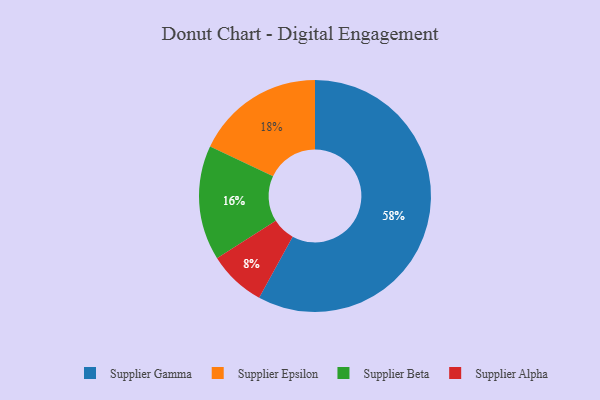
{"axis": {"x": "Category", "y": "Percentage"}, "legend": ["Supplier Alpha", "Supplier Beta", "Supplier Epsilon", "Supplier Gamma"], "data": [{"x": "Supplier Gamma", "y": 58, "type": "Supplier Gamma"}, {"x": "Supplier Alpha", "y": 8, "type": "Supplier Alpha"}, {"x": "Supplier Beta", "y": 16, "type": "Supplier Beta"}, {"x": "Supplier Epsilon", "y": 18, "type": "Supplier Epsilon"}]}